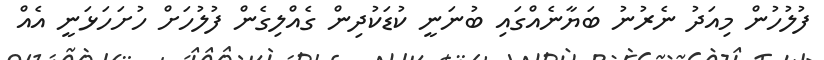
ފުލުހުން މިއަދު ނެރުނު ބަޔާނެއްގައި ބުނަނީ ކުޑަކުދިން ގެއްލިގެން ފުލުހަށް ހުށަހަޅަނީ އެއް